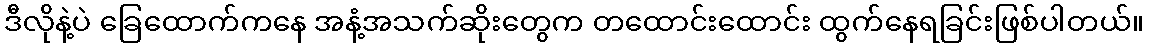
ဒီလိုနဲ့ပဲ ခြေထောက်ကနေ အနံ့အသက်ဆိုးတွေက တထောင်းထောင်း ထွက်နေရခြင်းဖြစ်ပါတယ်။